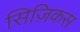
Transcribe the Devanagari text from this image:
सिज़िकस